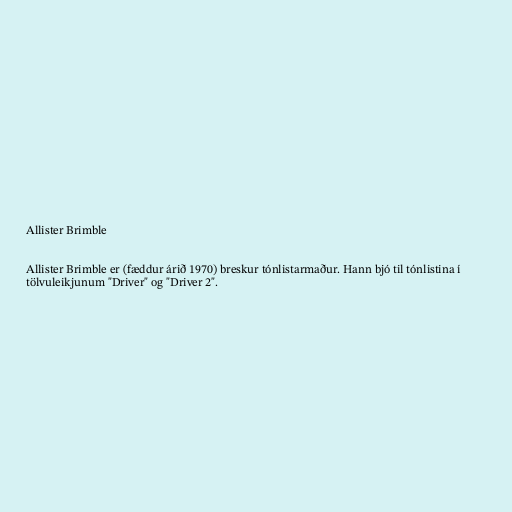
Allister Brimble

Allister Brimble er (fæddur árið 1970) breskur tónlistarmaður. Hann bjó til tónlistina í
tölvuleikjunum "Driver" og "Driver 2".